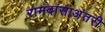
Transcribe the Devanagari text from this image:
रामदासाअंतरी